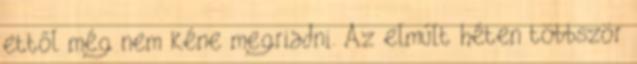
ettől még nem kéne megriadni. Az elmúlt héten többször